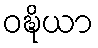
ဝဍ္ဎိယာ